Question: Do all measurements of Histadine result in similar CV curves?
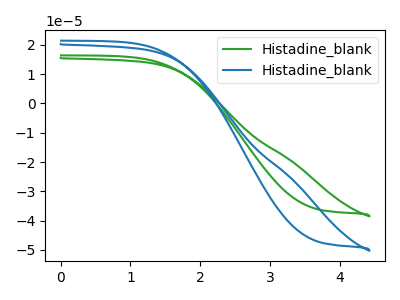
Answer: <think>The green curve "Histadine_blank1" has no peaks. The blue curve "Histadine_blank2" has no peaks.
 Neither "Histadine_blank1" or "Histadine_blank2" have any peaks.</think>
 <answer>All the CV's of "Histadine" have similar shape.</answer>
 <eval>follow_rule</eval>